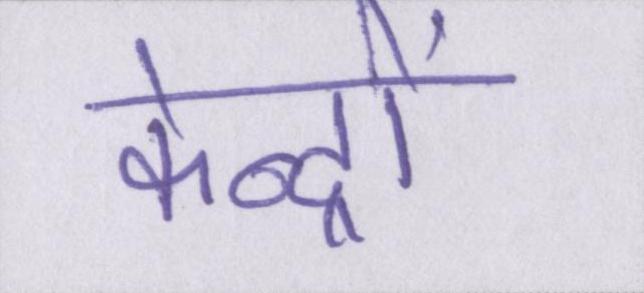
केन्द्रों